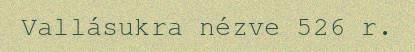
Vallásukra nézve 526 r.